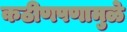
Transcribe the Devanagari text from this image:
कठीणपणामुळे